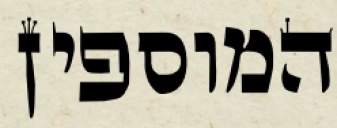
המוספין